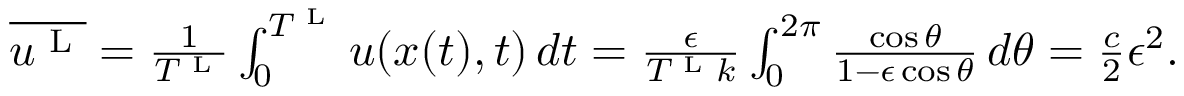
\begin{array} { r } { \overline { { u ^ { \textnormal { L } } } } = \frac { 1 } { T ^ { \textnormal { L } } } \int _ { 0 } ^ { T ^ { \textnormal { L } } } u ( x ( t ) , t ) \, d t = \frac { \epsilon } { T ^ { \textnormal { L } } k } \int _ { 0 } ^ { 2 \pi } \frac { \cos \theta } { 1 - \epsilon \cos \theta } \, d \theta = \frac { c } { 2 } \epsilon ^ { 2 } . } \end{array}